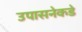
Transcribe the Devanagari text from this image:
उपासनेकडे